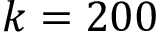
k = 2 0 0